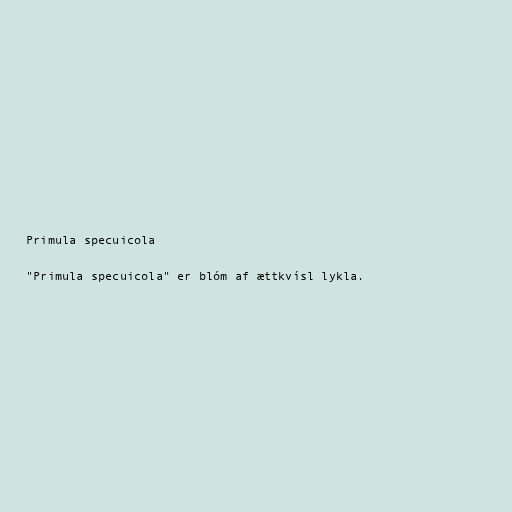
Primula specuicola

"Primula specuicola" er blóm af ættkvísl lykla.